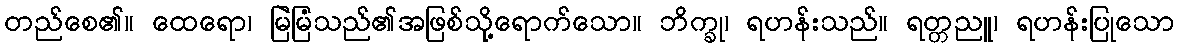
တည်စေ၏။ ထေရော၊ မြဲမြံသည်၏အဖြစ်သို့ရောက်သော။ ဘိက္ခု၊ ရဟန်းသည်။ ရတ္တညူ၊ ရဟန်းပြုသော